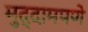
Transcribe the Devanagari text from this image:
मुद्दामपणे